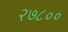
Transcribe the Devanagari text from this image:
२७८००